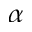
\alpha